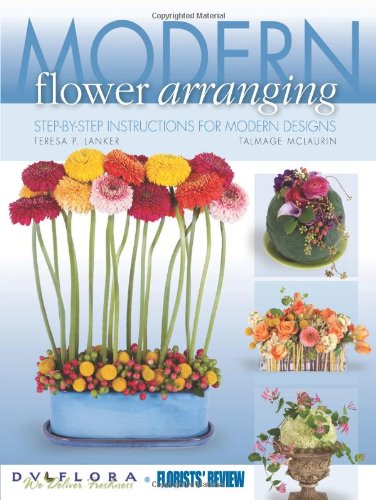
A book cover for Modern Flower Arranging: Step-by-Step Instructions for Modern Designs; Teresa P. Lanker; Crafts, Hobbies & Home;